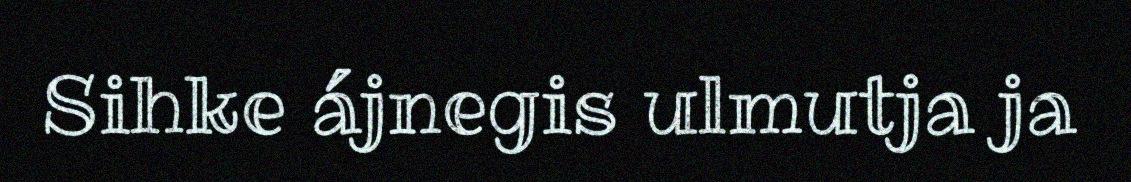
Sihke ájnegis ulmutja ja